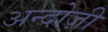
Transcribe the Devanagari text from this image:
अन्दोज़ी